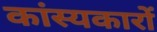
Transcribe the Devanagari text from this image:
कांस्यकारों